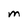
Character: M